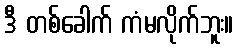
ဒီ တစ်ခေါက် ကံမလိုက်ဘူး။